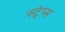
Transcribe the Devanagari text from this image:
स्ट्रेप्स